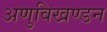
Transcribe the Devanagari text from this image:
अणुविखण्डन